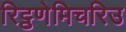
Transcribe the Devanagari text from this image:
रिट्ठणेमिचरिउ